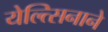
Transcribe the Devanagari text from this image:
येल्त्सिनाने